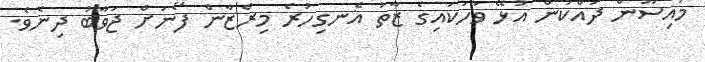
މައިސޫން ދައްކަން އުޅޭ ވާހަކައިގެ ޒާތު އެނގިހުރެ މިރްޒާން ފޯނަށް ޖަވާބު ދިނެވެ.